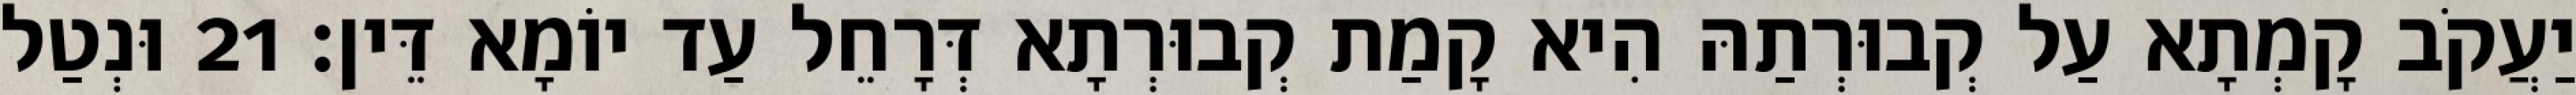
יַעֲקֹב קָמְתָא עַל קְבוּרְתַהּ הִיא קָמַת קְבוּרְתָא דְּרָחֵל עַד יוֹמָא דֵּין׃ 21 וּנְטַל